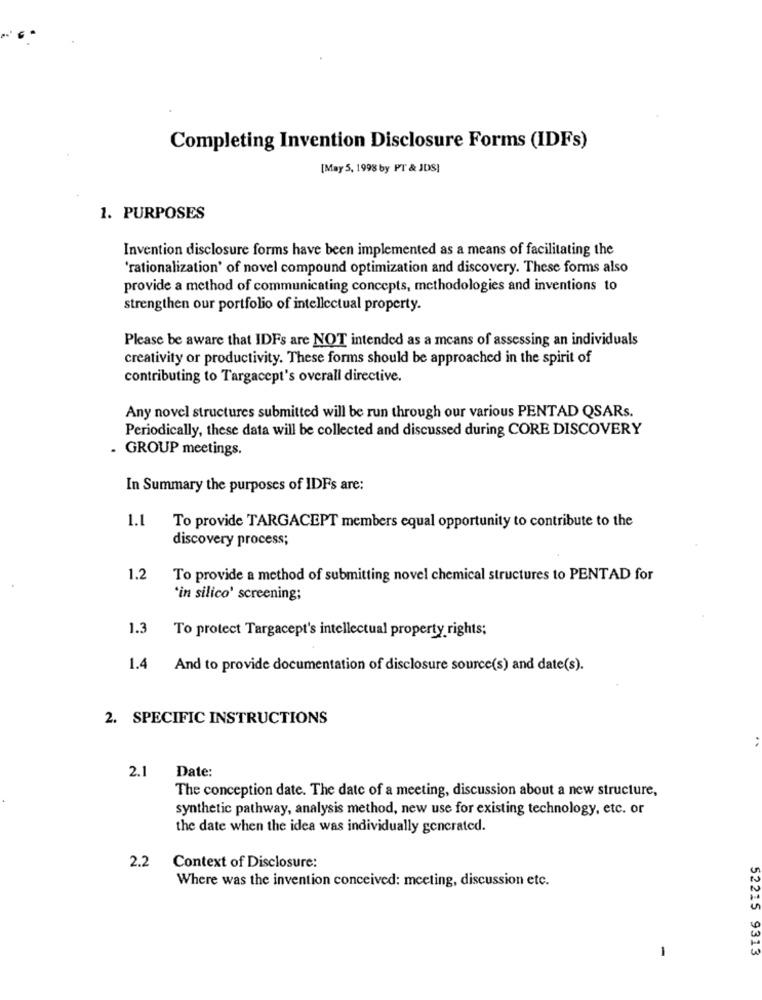
Completing Invention Disclosure Forms (IDFs)
[May 5, 1998 by PT & JDS]
1. PURPOSES
Invention disclosure forms have been implemented as a means of facilitating the
'rationalization' of novel compound optimization and discovery. These forms also
provide a method of communicating concepts, methodologies and inventions to
strengthen our portfolio of intellectual property.
Please be aware that IDFs are NOT intended as a means of assessing an individuals
creativity or productivity. These forms should be approached in the spirit of
contributing to Targacept's overall directive.
Any novel structures submitted will be run through our various PENTAD QSARs.
Periodically, these data will be collected and discussed during CORE DISCOVERY
. GROUP meetings.
In Summary the purposes of IDFs are:
1.1
To provide TARGACEPT members equal opportunity to contribute to the
discovery process;
1.2
To provide a method of submitting novel chemical structures to PENTAD for
'in silico' screening;
1.3
To protect Targacept's intellectual property rights;
1.4
And to provide documentation of disclosure source(s) and date(s).
2. SPECIFIC INSTRUCTIONS
..
2.1
Date:
The conception date. The date of a meeting, discussion about a new structure,
synthetic pathway, analysis method, new use for existing technology, etc. or
the date when the idea was individually gencrated.
2.2
Context of Disclosure:
Where was the invention conceived: meeting, discussion etc.
52215 9313